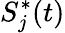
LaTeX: S_{j}^{*}(t)